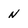
Character: n